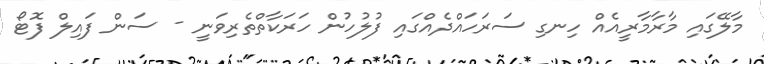
މާލޭގައި މާރާމާރީއެއް ހިނގި ސަރަހައްދެއްގައި ފުލުހުން ހަރަކާތްތެރިވަނީ - ސަން ފައިލް ފޮޓޯ